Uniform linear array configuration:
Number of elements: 48
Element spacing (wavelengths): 0.75
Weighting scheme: hann
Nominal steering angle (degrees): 45
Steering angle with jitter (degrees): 43.417
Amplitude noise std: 0.05
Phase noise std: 0.05

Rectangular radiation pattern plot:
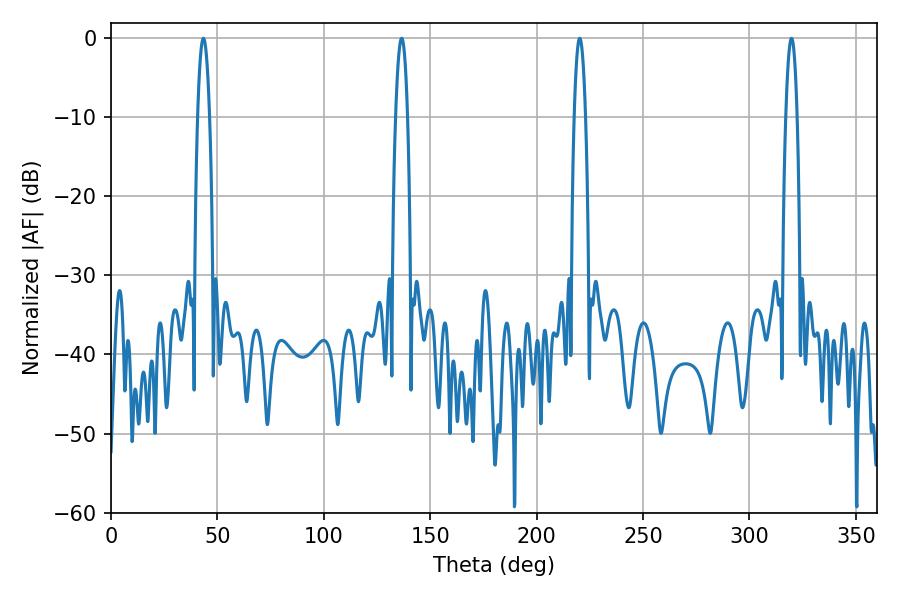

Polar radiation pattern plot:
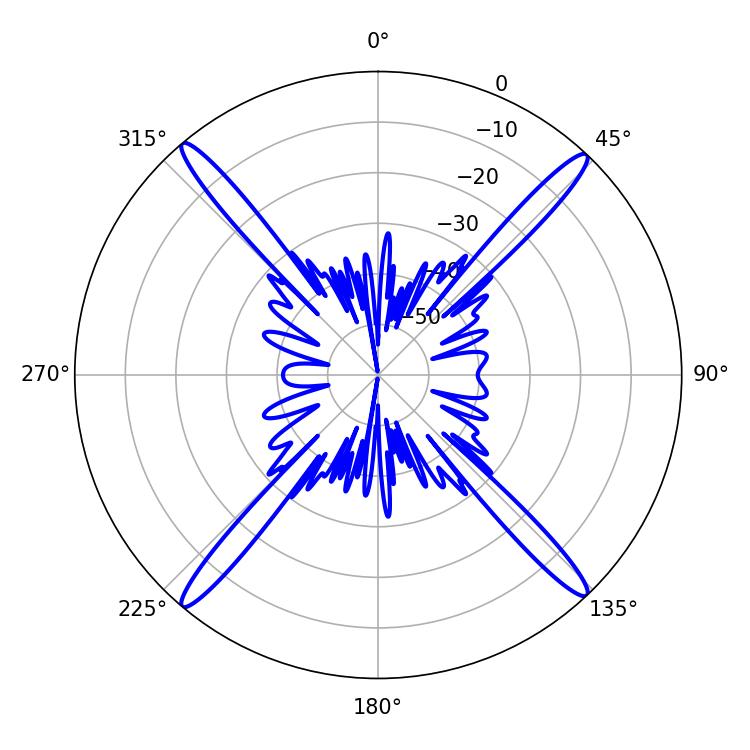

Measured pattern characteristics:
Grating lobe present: TRUE
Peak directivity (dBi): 23.676
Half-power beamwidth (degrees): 3.06
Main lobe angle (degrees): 43.38